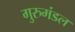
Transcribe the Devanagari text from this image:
गुरुमंडल